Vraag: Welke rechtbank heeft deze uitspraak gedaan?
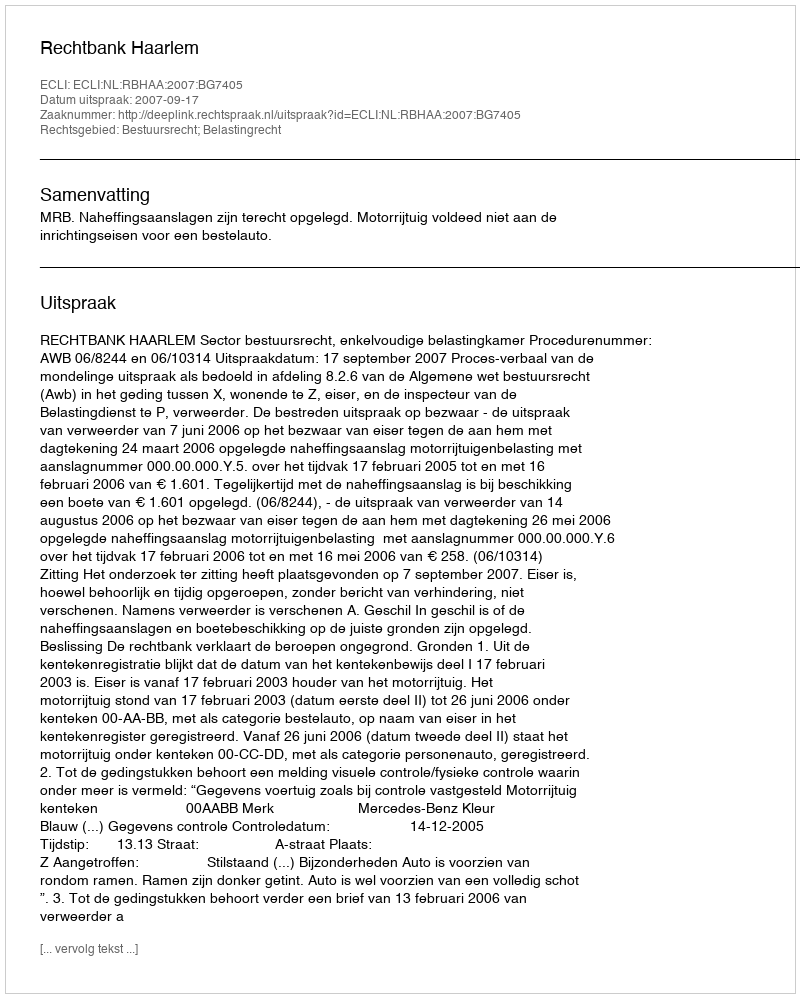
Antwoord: Rechtbank Haarlem